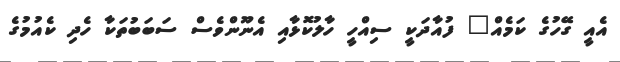
އެއީ ގޭހުގެ ކަމެއް" ފުއާދަކީ ސިއްހީ ހާލުކޮޅާއި އެނޫންވެސް ސަބަބުތަކާ ހެދި ކެއުމުގެ